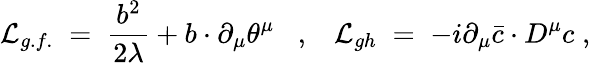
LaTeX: {\cal L}_{g.f.}\; =\; \frac{b^{2}}{2\lambda}+b\cdot\partial_{\mu}\theta^{\mu}\; \; \; ,\; \; \; {\cal L}_{gh}\; =\; -i\partial_{\mu}{\bar{c}}\cdot D^{\mu}c\; ,